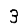
Digit: 3